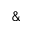
\&